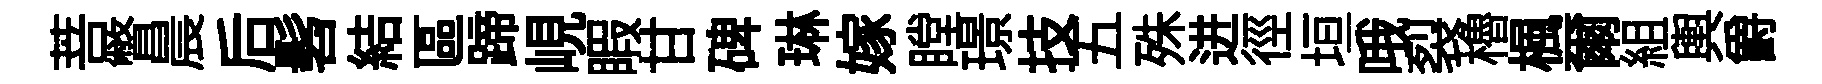
菩瞥晨后髫結區蹄峴睱甘碑琳嫁瞠璟技五殊进徑垣哦裂櫓楓爾組輿爵